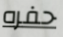
حفره